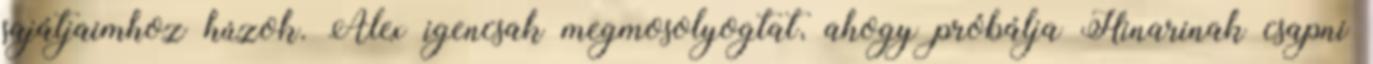
sajátjaimhoz húzok. Alex igencsak megmosolyogtat, ahogy próbálja Hinarinak csapni